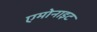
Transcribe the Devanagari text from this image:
एमोनाइट